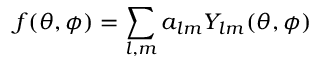
f ( \theta , \phi ) = \sum _ { l , m } a _ { l m } Y _ { l m } ( \theta , \phi )